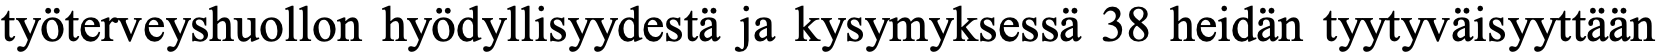
työterveyshuollon hyödyllisyydestä ja kysymyksessä 38 heidän tyytyväisyyttään